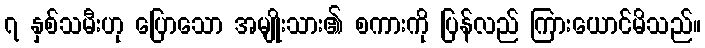
၇ နှစ်သမီးဟု ပြောသော အမျိုးသား၏ စကားကို ပြန်လည် ကြားယောင်မိသည်။